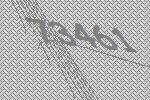
73461